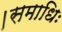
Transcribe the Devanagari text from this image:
।समाधिः